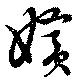
嬪